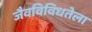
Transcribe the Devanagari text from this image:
जैवविविधतेला